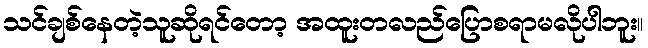
သင်ချစ်နေတဲ့သူဆိုရင်တော့ အထူးတလည်ပြောစရာမလိုပါဘူး။